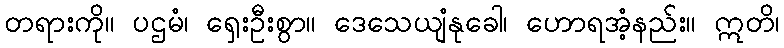
တရားကို။ ပဌမံ၊ ရှေးဦးစွာ။ ဒေသေယျံနုခေါ၊ ဟောရအံ့နည်း။ ဣတိ၊